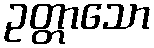
ဥတ္တာသော